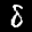
Label: 8